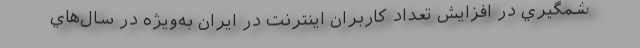
شمگيري در افزايش تعداد كاربران اينترنت در ايران به‌ويژه در سال‌هاي